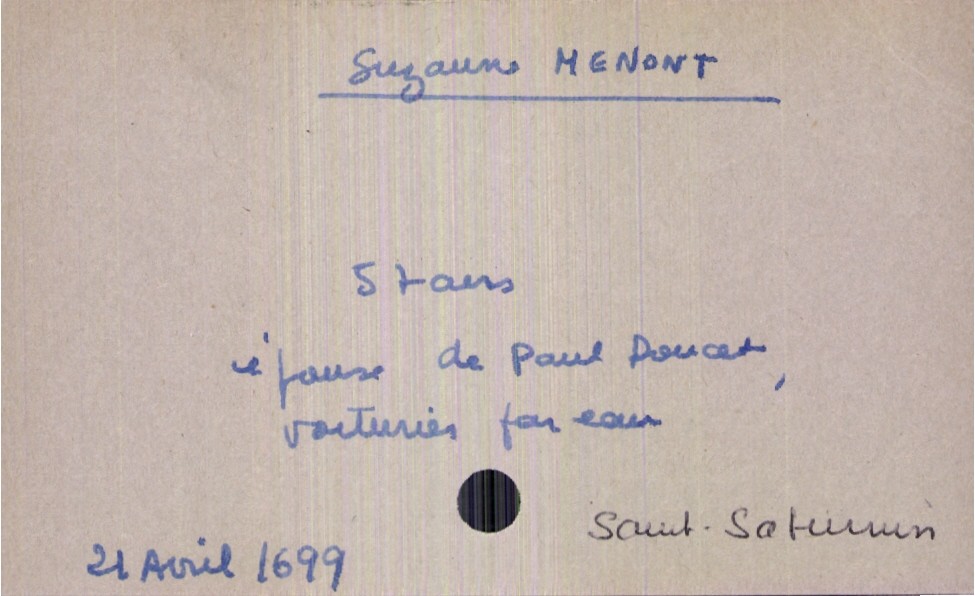
type_acte: Décès
année: 1699
mois: avril
jour: 21
paroisse: Saint-Saturnin
défunt_nom: Menont
défunt_prénom: Suzanne
défunt_sexe: F
défunt_âge: 57 ans
défunt_statut: marié(e)